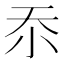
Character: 𭕇